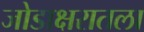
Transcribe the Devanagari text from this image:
जोडाक्षरातला